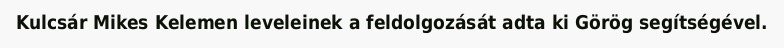
Kulcsár Mikes Kelemen leveleinek a feldolgozását adta ki Görög segítségével.